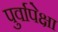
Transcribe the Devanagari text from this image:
पुर्वापेक्षा